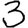
Digit: 3